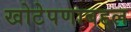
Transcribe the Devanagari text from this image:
खोटेपणाबद्दल